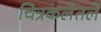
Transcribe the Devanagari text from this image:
चित्रकलेतले